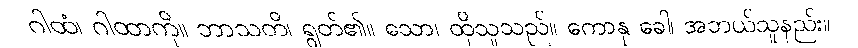
ဂါထံ၊ ဂါထာကို။ ဘာသတိ၊ ရွတ်၏။ သော၊ ထိုသူသည်။ ကောနု ခေါ၊ အဘယ်သူနည်း။